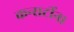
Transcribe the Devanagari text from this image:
कन्सर्टीना